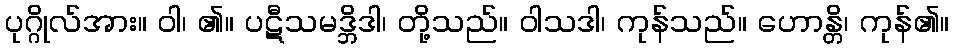
ပုဂ္ဂိုလ်အား။ ဝါ၊ ၏။ ပဋီသမဒ္ဘိဒါ၊ တို့သည်။ ဝါသဒါ၊ ကုန်သည်။ ဟောန္တိ၊ ကုန်၏။